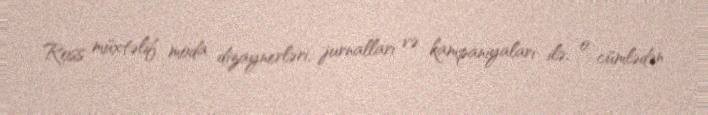
Ross müxtəlif moda dizaynerləri, jurnalları və kampaniyaları ilə, o cümlədən